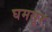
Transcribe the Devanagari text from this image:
घमसूर